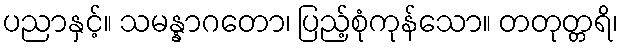
ပညာနှင့်။ သမန္နာဂတော၊ ပြည့်စုံကုန်သော။ တတုတ္တရိ၊